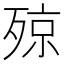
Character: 𣨣